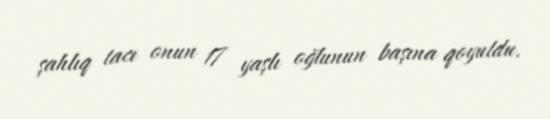
şahlıq tacı onun 17 yaşlı oğlunun başına qoyuldu.